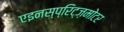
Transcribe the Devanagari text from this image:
एइनस्प्रिट्ज़मोटर